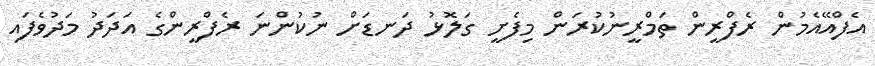
އެފްއޭއެމުން ރެފްރީން ތަމްރީނުކުރަން މިފެށީ ގަލޮޅު ދަނޑަށް ނުކުންނަ ރެފްރީންގެ އަދަދު މަދުވެފައި